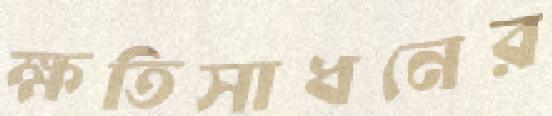
ক্ষতিসাধনের